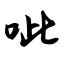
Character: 呲